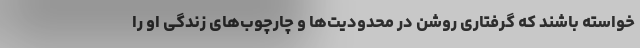
خواسته باشند که گرفتاری روشن در محدودیت‌ها و چارچوب‌های زندگی او را